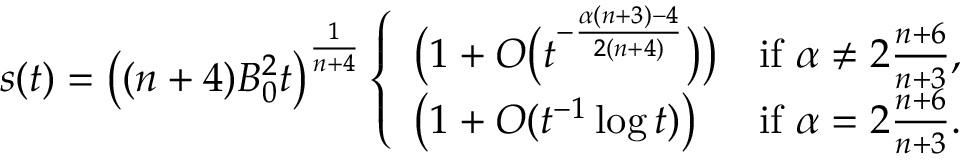
s ( t ) = \big ( ( n + 4 ) B _ { 0 } ^ { 2 } t \big ) ^ { \frac { 1 } { n + 4 } } \left\{ \begin{array} { l l } { \big ( 1 + O \big ( t ^ { - \frac { \alpha ( n + 3 ) - 4 } { 2 ( n + 4 ) } } \big ) \big ) } & { \mathrm { i f ~ } \alpha \ne 2 \frac { n + 6 } { n + 3 } , } \\ { \left( 1 + O ( t ^ { - 1 } \log t ) \right) } & { \mathrm { i f ~ } \alpha = 2 \frac { n + 6 } { n + 3 } . } \end{array} \right.